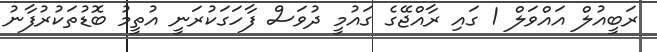
ރަބީއުލް އައްވަލް 1 ގައި ރާއްޖޭގެ ގައުމީ ދުވަސް ފާހަގަކުރަނީ އުތީމު ބޮޑުތަކުރުފާނު